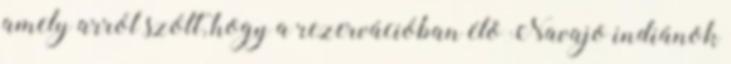
amely arról szólt, hogy a rezervációban élõ Navajo indiánok